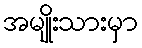
အမျိုးသားမှာ